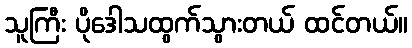
သူကြီး ပိုဒေါသထွက်သွားတယ် ထင်တယ်။